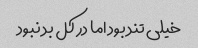
خیلی تند بود اما در کل بد نبود